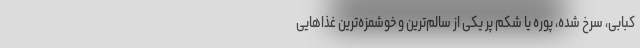
کبابی، سرخ شده، پوره یا شکم پر یکی از سالم‌ترین و خوشمزه‌ترین غذا‌هایی